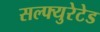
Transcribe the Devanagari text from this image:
सल्फ्युरेटेड